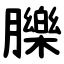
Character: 䑈